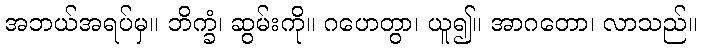
အဘယ်အရပ်မှ။ ဘိက္ခံ၊ ဆွမ်းကို။ ဂဟေတွာ၊ ယူ၍။ အာဂတော၊ လာသည်။